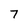
Character: 7